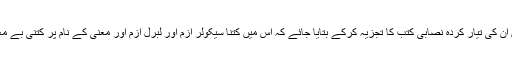
کیا امینہ سید چاہتی ہیں ان کی تیار کردہ نصابی کتب کا تجزیہ کرکے بتایا جائے کہ اس میں کتنا سیکولر ازم اور لبرل ازم اور معنی کے نام پر کتنی بے معنویت بھری ہوئی ہے۔